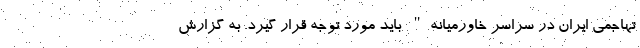
تهاجمی ایران در سراسر خاورمیانه" باید مورد توجه قرار گیرد. به گزارش